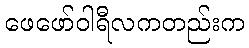
ဖေဖော်ဝါရီလကတည်းက